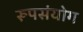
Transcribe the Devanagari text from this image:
रूपसंयोग